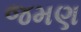
જમણ